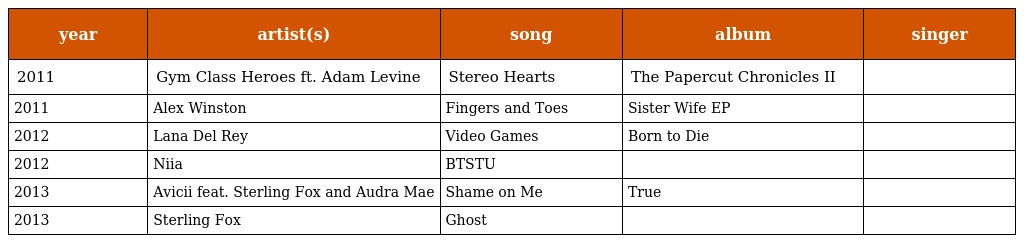
| year | artist(s) | song | album | singer |
 | --- | --- | --- | --- | --- |
 | 2011 | Gym Class Heroes ft. Adam Levine | Stereo Hearts | The Papercut Chronicles II |  |
 | 2011 | Alex Winston | Fingers and Toes | Sister Wife EP |  |
 | 2012 | Lana Del Rey | Video Games | Born to Die |  |
 | 2012 | Niia | BTSTU |  |  |
 | 2013 | Avicii feat. Sterling Fox and Audra Mae | Shame on Me | True |  |
 | 2013 | Sterling Fox | Ghost |  |  |